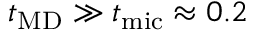
t _ { \mathrm { M D } } \gg t _ { \mathrm { m i c } } \approx 0 . 2